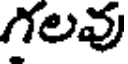
గలవు